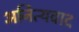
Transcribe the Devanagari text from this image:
अनित्यवाद